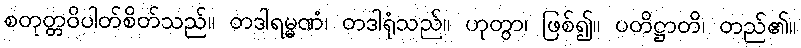
စတုတ္တဝိပါတ်စိတ်သည်။ တဒါရမ္မဏံ၊ တဒါရုံသည်။ ဟုတွာ၊ ဖြစ်၍။ ပတိဋ္ဌာတိ၊ တည်၏။